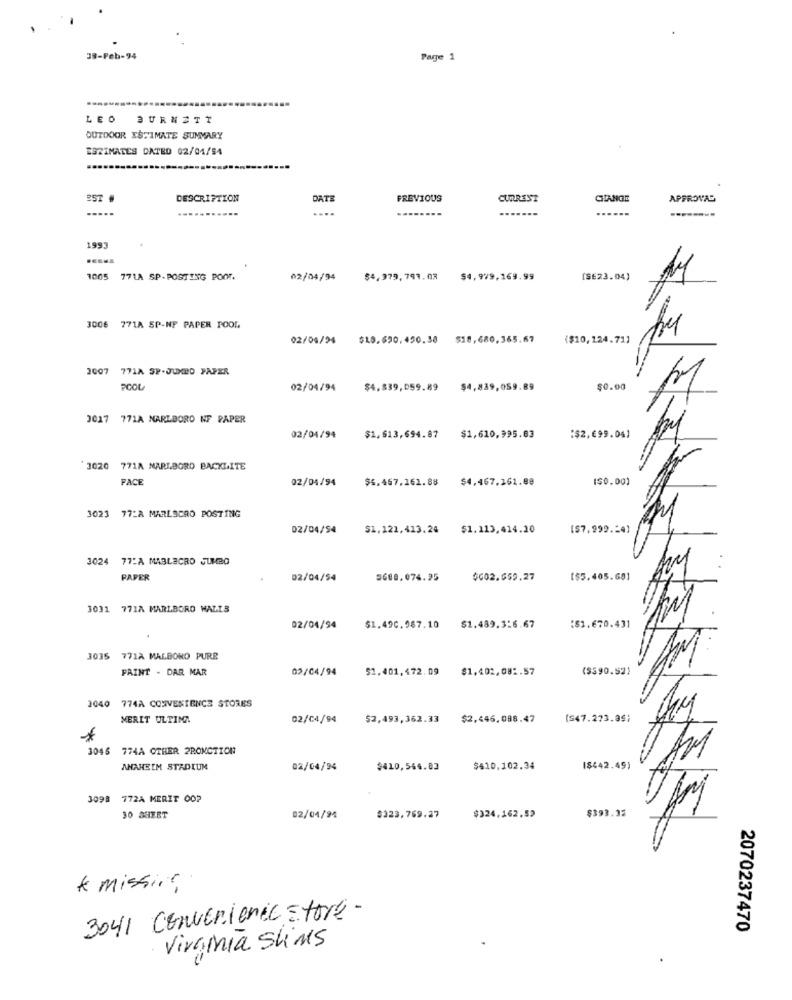
38-Feb-94
Page 1
LEO BURNETT
OUTDOOR ESTIMATE SUMMARY
ESTIMATES DATED 02/04/54
25T .
DESCRIPTION
DATE
FREVIOUS
CURRENT
CHANGE
APPROVAL
.....
....
1993
1005 771A SP- POSTING POOT.
02/04/94
$4,979, 799.03
$4,979,169.99
[SE23.04)
3006 771A SP-NF PAPER POOL
02/04/24
$18.690,490.38
$18,680,365.67
($10, 124.71]
2007
771A SP-JUMED PAPER
5
POOL
02/04/94
$4,839,059.89
$4,839,059.89
$0.00
3017 771A MARLBORO NF PAPER
02/04/94
$1,613,694.87
$1,610,995.83
:$2,699.04)
3020 771A MARLBORO BACKLITE
FACE
02/04/94
$4.467.161.88
$4,467,161.88
($0.00)
3023
77_A MARLOCRO POSTING
02/04/54
$1.121,413.24
$1.113,414.10
[$7,999.24)
3024 77:A MABLECRO JUMBO
PAPER
02/04/54
5688.074.95
$602.659.27
[$5.405.69]
3031
771A MARLBORO WALLS
02/04/94
$1.490.987.10 $1.489.3:6.67
:$1.670.431
3036
771A MALBORO PURE
FAINT - DAR MAR
02/04/94
$1.401,472.09
$1,402,081.57
($390.52)
3040 774A CONVENIENCE STORES
MERIT ULTINA
02/04/94
$2,493,362.33
$2,446,088.47
(547.273.39)
3045 774A OTHER 2PONCTION
ANAHEIM STADIUM
02/04/94
$410,544.82
$410.102.34
($442.49)
3098 772A MERIT 00?
$393.32
30 SHEET
02/04/94
#323.769.27
$324,162.52
& missing
3041 Convenience store-
2070237470
Viramia Skims